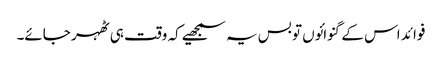
فوائد اس کے گنوائوں تو بس یہ سمجھیے کہ وقت ہی ٹھہر جائے۔